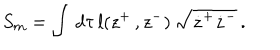
S _ { m } = \int \, d \tau \, l ( z ^ { + } \, , z ^ { - } ) \, \sqrt { \dot { z } ^ { + } \dot { z } ^ { - } } \, .